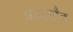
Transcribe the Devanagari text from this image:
अमस्ट्रैड